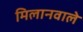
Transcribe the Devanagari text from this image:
मिलानवाले